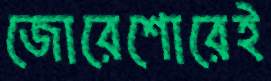
জোরেশোরেই